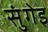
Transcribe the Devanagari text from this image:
सुंगेइ